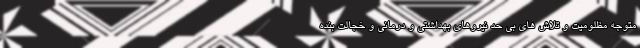
متوجه مظلومیت و تلاش های بی حد نیروهای بهداشتی و درمانی و خجالت بنده